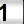
Digit: 1